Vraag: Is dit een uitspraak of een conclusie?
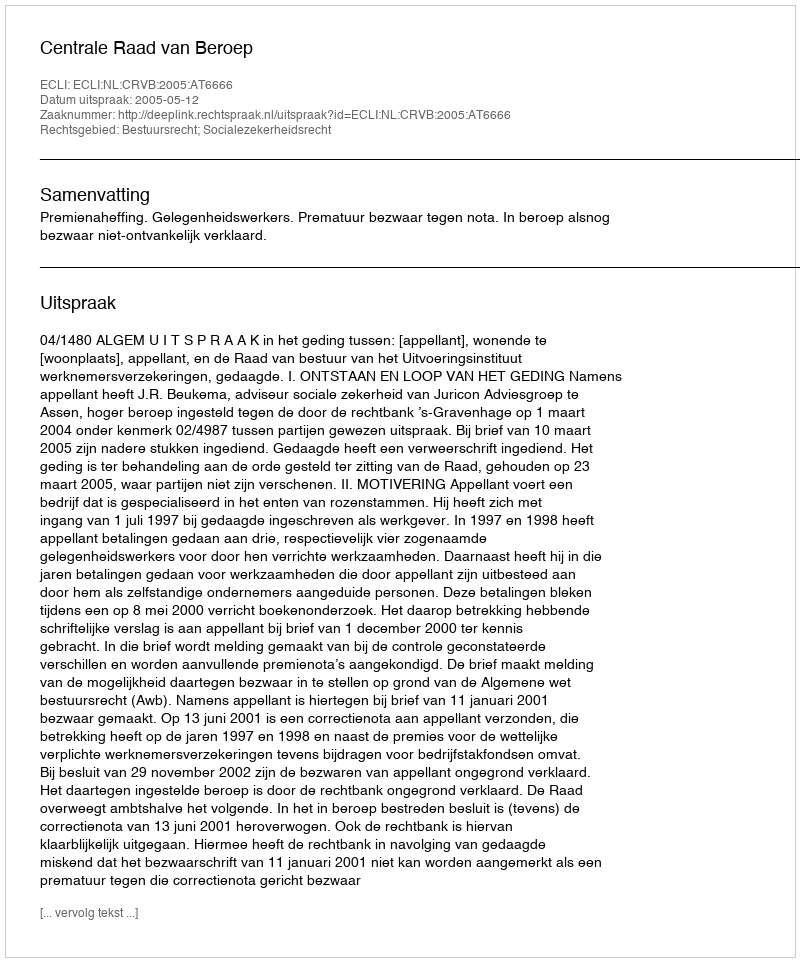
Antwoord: Uitspraak